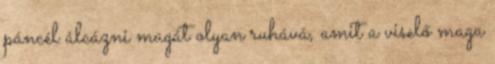
páncél álcázni magát olyan ruhává, amit a viselő maga